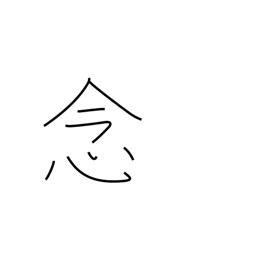
Meaning: desire